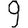
Digit: 9